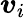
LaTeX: \boldsymbol{v}_{i}